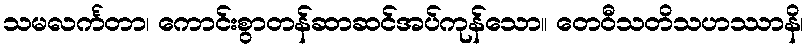
သမလင်္ကတာ၊ ကောင်းစွာတန်ဆာဆင်အပ်ကုန်သော။ တေဝီသတိသဟဿာနိ၊